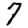
Digit: 7